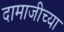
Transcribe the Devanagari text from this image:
दामाजीच्या